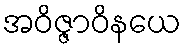
အဝိဇ္ဇာဝိနယေ